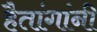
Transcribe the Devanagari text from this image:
हैतांगांनी